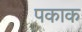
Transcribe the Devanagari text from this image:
पकाक